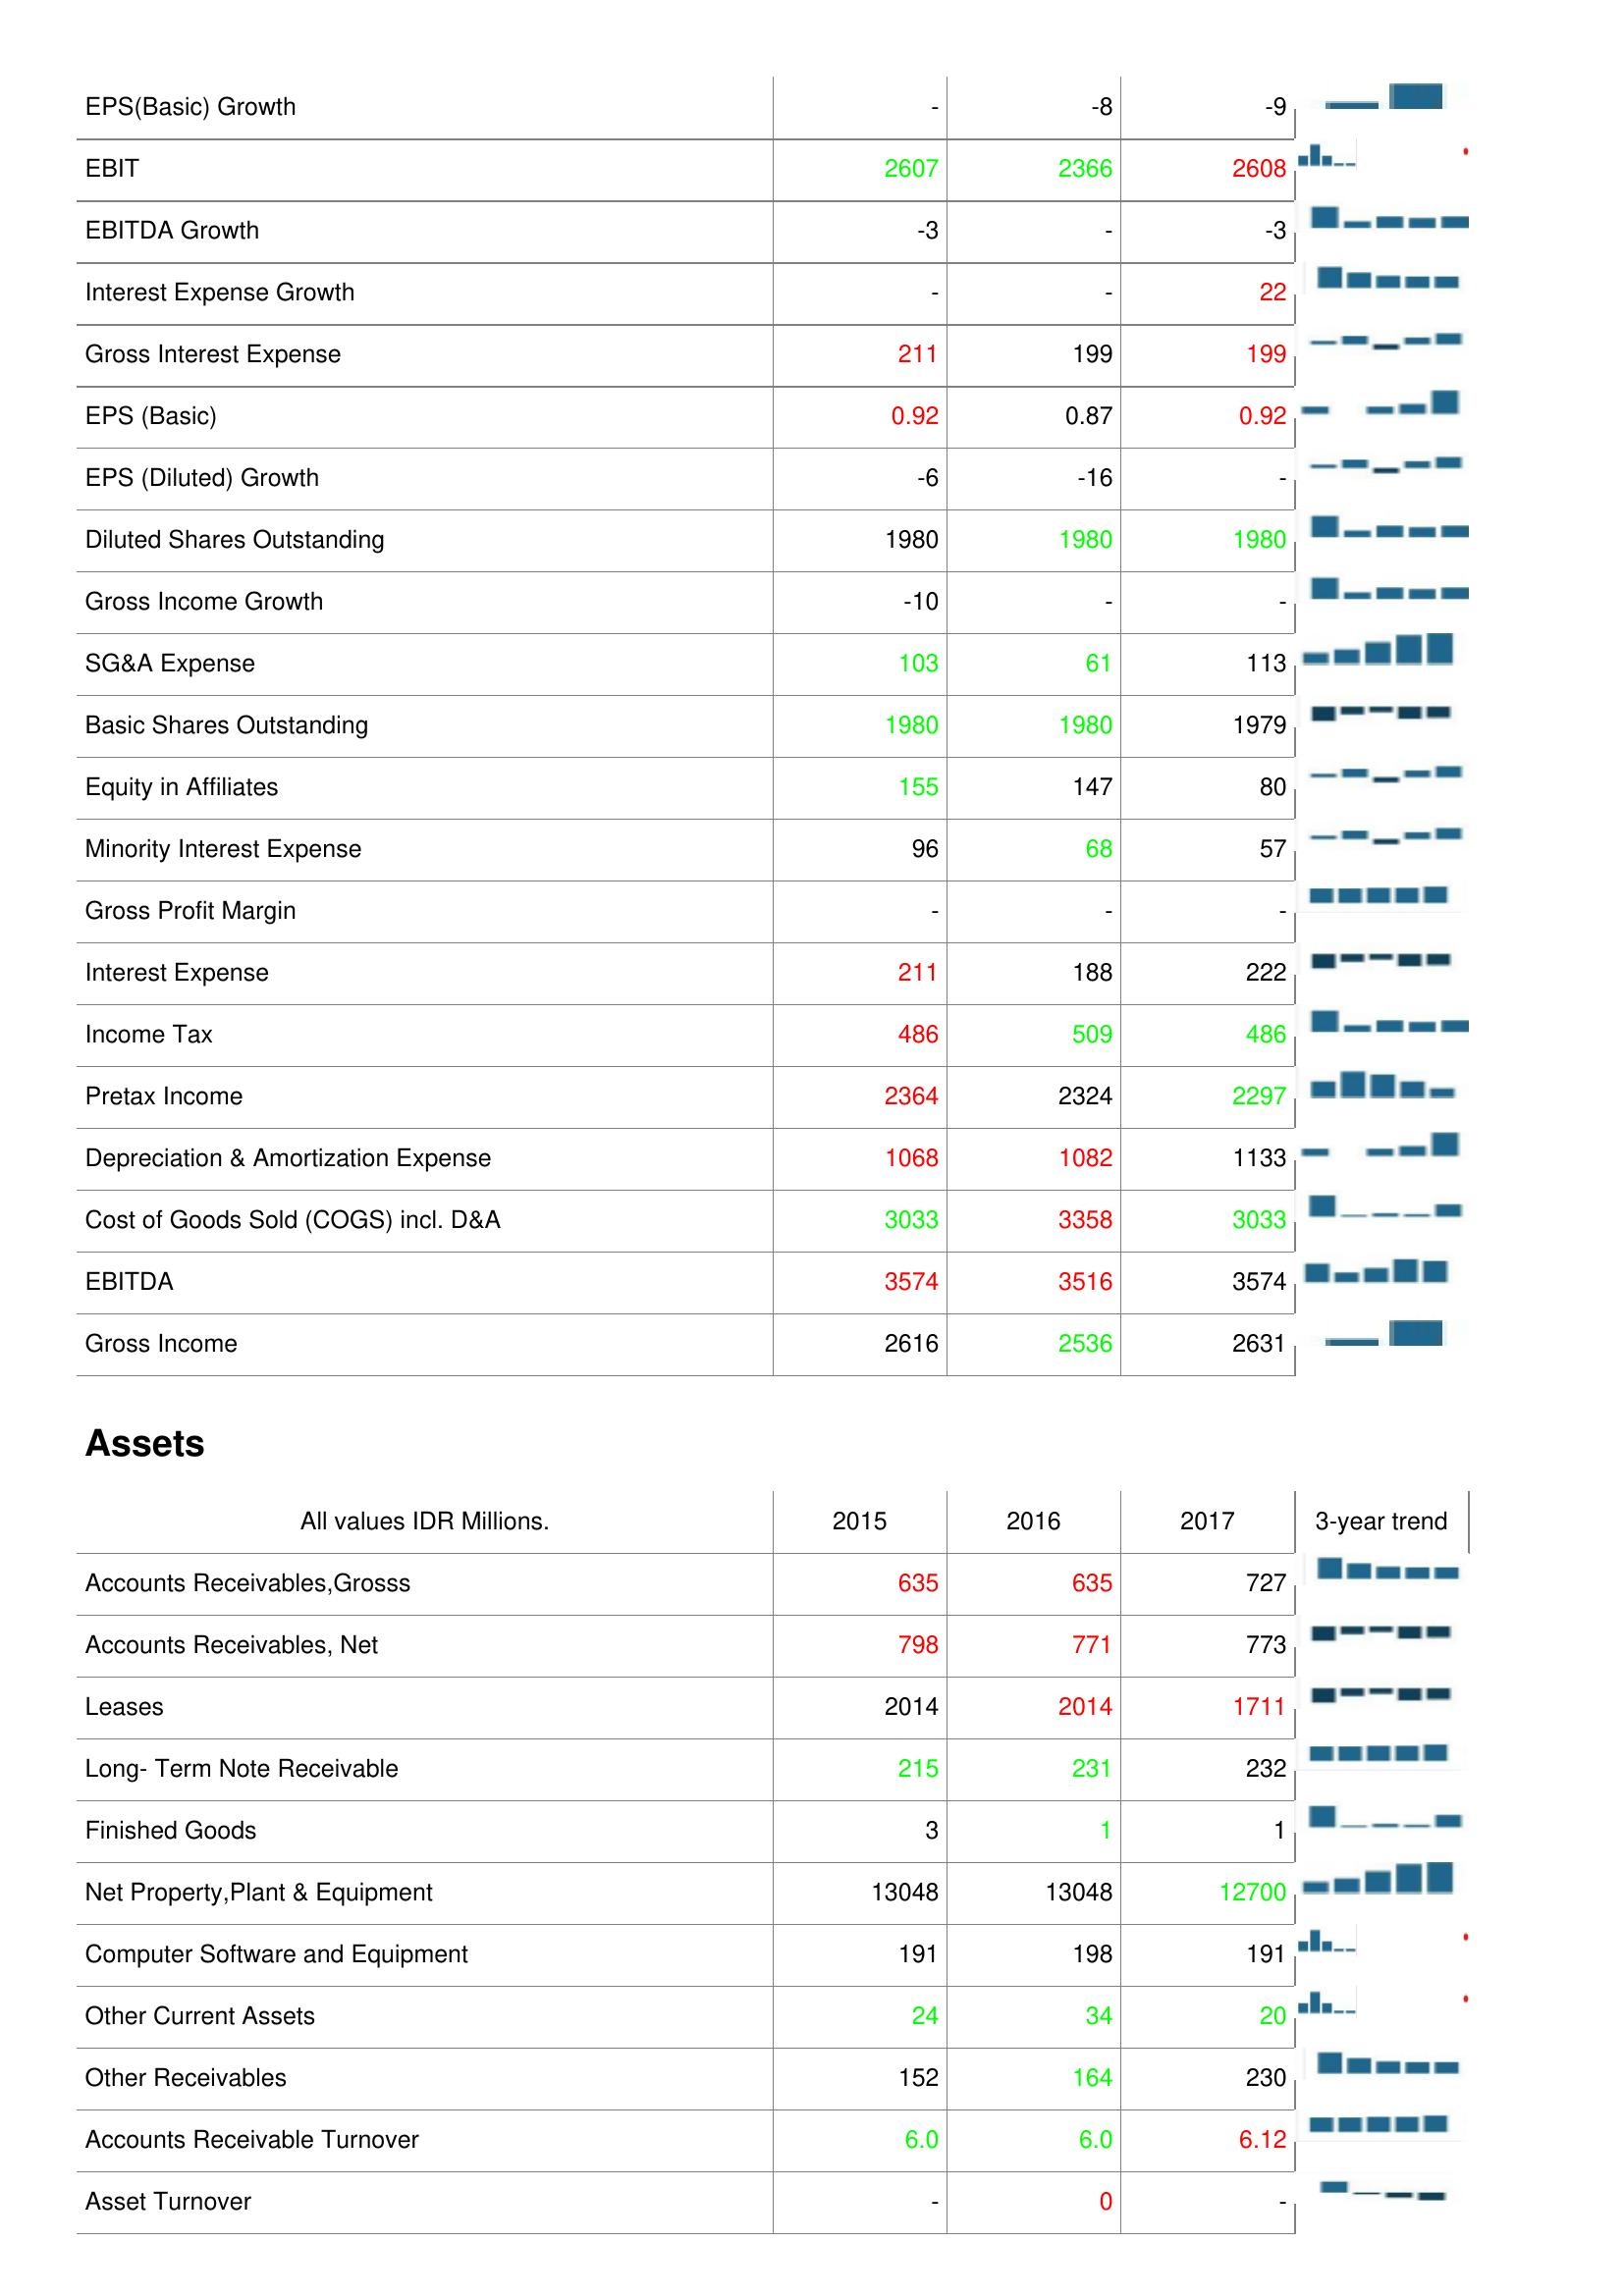
2015: : EPS(Basic) Growth: -
EBIT: 2607
EBITDA Growth: -3
Interest Expense Growth: -
Gross Interest Expense: 211
EPS (Basic): 0.92
EPS (Diluted) Growth: -6
Diluted Shares Outstanding: 1980
Gross Income Growth: -10
SG&A Expense: 103
Basic Shares Outstanding: 1980
Equity in Affiliates: 155
Minority Interest Expense: 96
Gross Profit Margin: -
Interest Expense: 211
Income Tax: 486
Pretax Income: 2364
Depreciation & Amortization Expense: 1068
Cost of Goods Sold (COGS) incl. D&A: 3033
EBITDA: 3574
Gross Income: 2616
Assets: Accounts Receivables,Grosss: 635
Accounts Receivables, Net: 798
Leases: 2014
Long- Term Note Receivable: 215
Finished Goods: 3
Net Property,Plant & Equipment: 13048
Computer Software and Equipment: 191
Other Current Assets: 24
Other Receivables: 152
Accounts Receivable Turnover: 6.0
Asset Turnover: -
2016: : EPS(Basic) Growth: -8
EBIT: 2366
EBITDA Growth: -
Interest Expense Growth: -
Gross Interest Expense: 199
EPS (Basic): 0.87
EPS (Diluted) Growth: -16
Diluted Shares Outstanding: 1980
Gross Income Growth: -
SG&A Expense: 61
Basic Shares Outstanding: 1980
Equity in Affiliates: 147
Minority Interest Expense: 68
Gross Profit Margin: -
Interest Expense: 188
Income Tax: 509
Pretax Income: 2324
Depreciation & Amortization Expense: 1082
Cost of Goods Sold (COGS) incl. D&A: 3358
EBITDA: 3516
Gross Income: 2536
Assets: Accounts Receivables,Grosss: 635
Accounts Receivables, Net: 771
Leases: 2014
Long- Term Note Receivable: 231
Finished Goods: 1
Net Property,Plant & Equipment: 13048
Computer Software and Equipment: 198
Other Current Assets: 34
Other Receivables: 164
Accounts Receivable Turnover: 6.0
Asset Turnover: 0
2017: : EPS(Basic) Growth: -9
EBIT: 2608
EBITDA Growth: -3
Interest Expense Growth: 22
Gross Interest Expense: 199
EPS (Basic): 0.92
EPS (Diluted) Growth: -
Diluted Shares Outstanding: 1980
Gross Income Growth: -
SG&A Expense: 113
Basic Shares Outstanding: 1979
Equity in Affiliates: 80
Minority Interest Expense: 57
Gross Profit Margin: -
Interest Expense: 222
Income Tax: 486
Pretax Income: 2297
Depreciation & Amortization Expense: 1133
Cost of Goods Sold (COGS) incl. D&A: 3033
EBITDA: 3574
Gross Income: 2631
Assets: Accounts Receivables,Grosss: 727
Accounts Receivables, Net: 773
Leases: 1711
Long- Term Note Receivable: 232
Finished Goods: 1
Net Property,Plant & Equipment: 12700
Computer Software and Equipment: 191
Other Current Assets: 20
Other Receivables: 230
Accounts Receivable Turnover: 6.12
Asset Turnover: -